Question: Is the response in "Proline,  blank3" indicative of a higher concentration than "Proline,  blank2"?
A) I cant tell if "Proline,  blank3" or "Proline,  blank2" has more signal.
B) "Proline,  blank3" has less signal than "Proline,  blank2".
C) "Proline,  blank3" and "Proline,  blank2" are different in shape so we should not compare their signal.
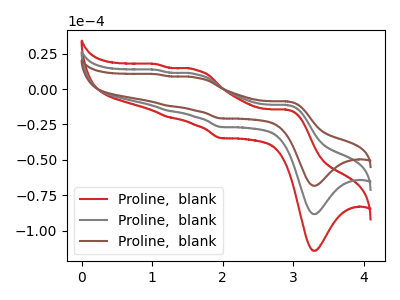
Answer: <think>The red curve "Proline,  blank1" has anodic peaks at (2.90V, -22.55uA) (1.60V, 21.20uA) (1.25V, -30.65uA) (1.05V, 27.20uA) and cathodic peaks at (3.30V, -176.70uA) (1.95V, -53.55uA). The gray curve "Proline,  blank2" has anodic peaks at (2.90V, -11.25uA) (1.60V, 10.60uA) (1.25V, -15.35uA) (1.05V, 13.60uA) and cathodic peaks at (3.30V, -88.35uA) (1.95V, -26.80uA). The brown curve "Proline,  blank3" has anodic peaks at (2.90V, -8.70uA) (1.60V, 8.20uA) (1.25V, -11.85uA) (1.05V, 10.50uA) and cathodic peaks at (3.30V, -68.30uA) (1.95V, -20.70uA).
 All the peaks in "Proline,  blank3" have a peak in "Proline,  blank2" at the same potential.</think>
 <answer>A) I cant tell if "Proline,  blank3" or "Proline,  blank2" has more signal.</answer>
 <eval>A</eval>